Statistics compiled by the Government of India from the reports of provincial Civil Veterinary Departments
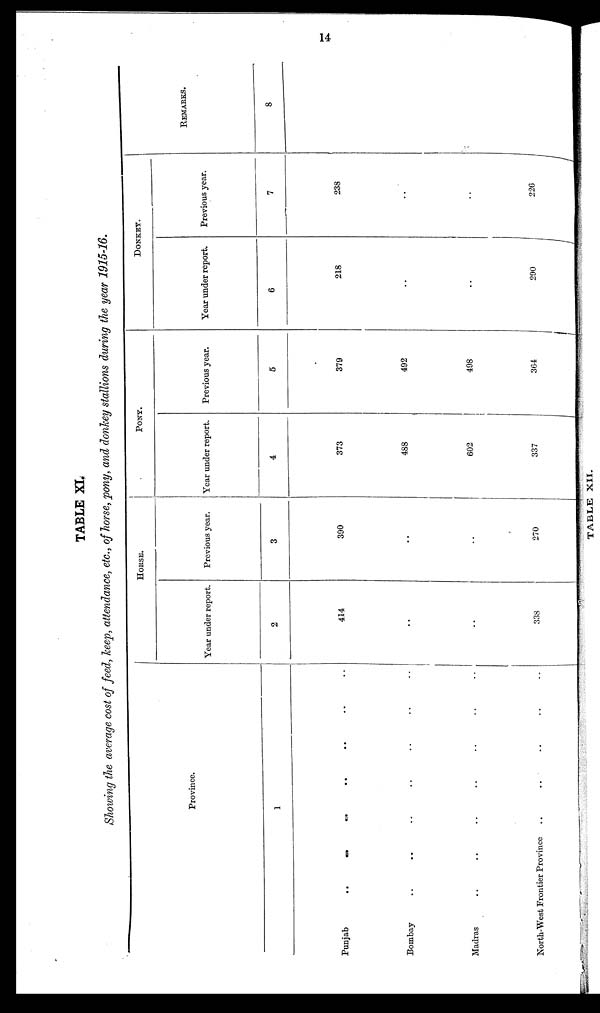
14
TABLE XI.
Showing the average cost of feed, keep, attendance, etc., of horse, pony, and donkey stallions during the year 1915-16.
Province.
1
Punjab
.. .. .. .. .. .. ..
Bombay
Madras .. .. .. .. .. .. ..
North-West Frontier Province .. .. .. .. ..
HORSE.
Year under report.
2
414
..
..
338
Previous year.
3
390
..
..
270
PONY.
Year under report.
4
373
488
602
337
Previous year.
5
379
492
498
364
DONKEY.
Year under report.
6
218
..
..
290
Previous year.
7
238
..
..
226
REMARKS.
8